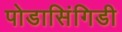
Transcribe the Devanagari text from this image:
पोडासिंगिडी